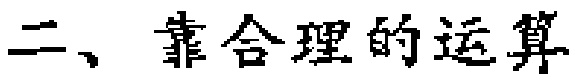
二、靠合理的运算